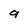
Character: 9